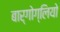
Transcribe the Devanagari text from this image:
बार्गोग्लियो